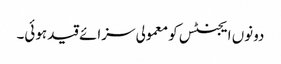
دونوں ایجنٹس کو معمولی سزائے قید ہوئی۔